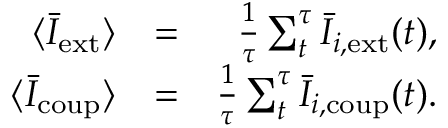
\begin{array} { r l r } { \langle \bar { I } _ { \mathrm { e x t } } \rangle } & { = } & { \frac { 1 } { \tau } \sum _ { t } ^ { \tau } \bar { I } _ { i , \mathrm { e x t } } ( t ) , } \\ { \langle \bar { I } _ { \mathrm { c o u p } } \rangle } & { = } & { \frac { 1 } { \tau } \sum _ { t } ^ { \tau } \bar { I } _ { i , \mathrm { c o u p } } ( t ) . } \end{array}